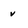
Character: v